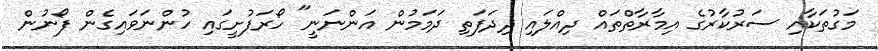
މަގުތަކާއި ސަރުކާރުގެ އިމާރާތްތައް ދިއްލައި ދިދަފަތި ދަމަމުން އަންނަނީ" ހޯރަފުށީގައި ހުންނަވައިގެން ފޯނުން